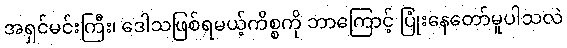
အရှင်မင်းကြီး၊ ဒေါသဖြစ်ရမယ့်ကိစ္စကို ဘာကြောင့် ပြုံးနေတော်မူပါသလဲ